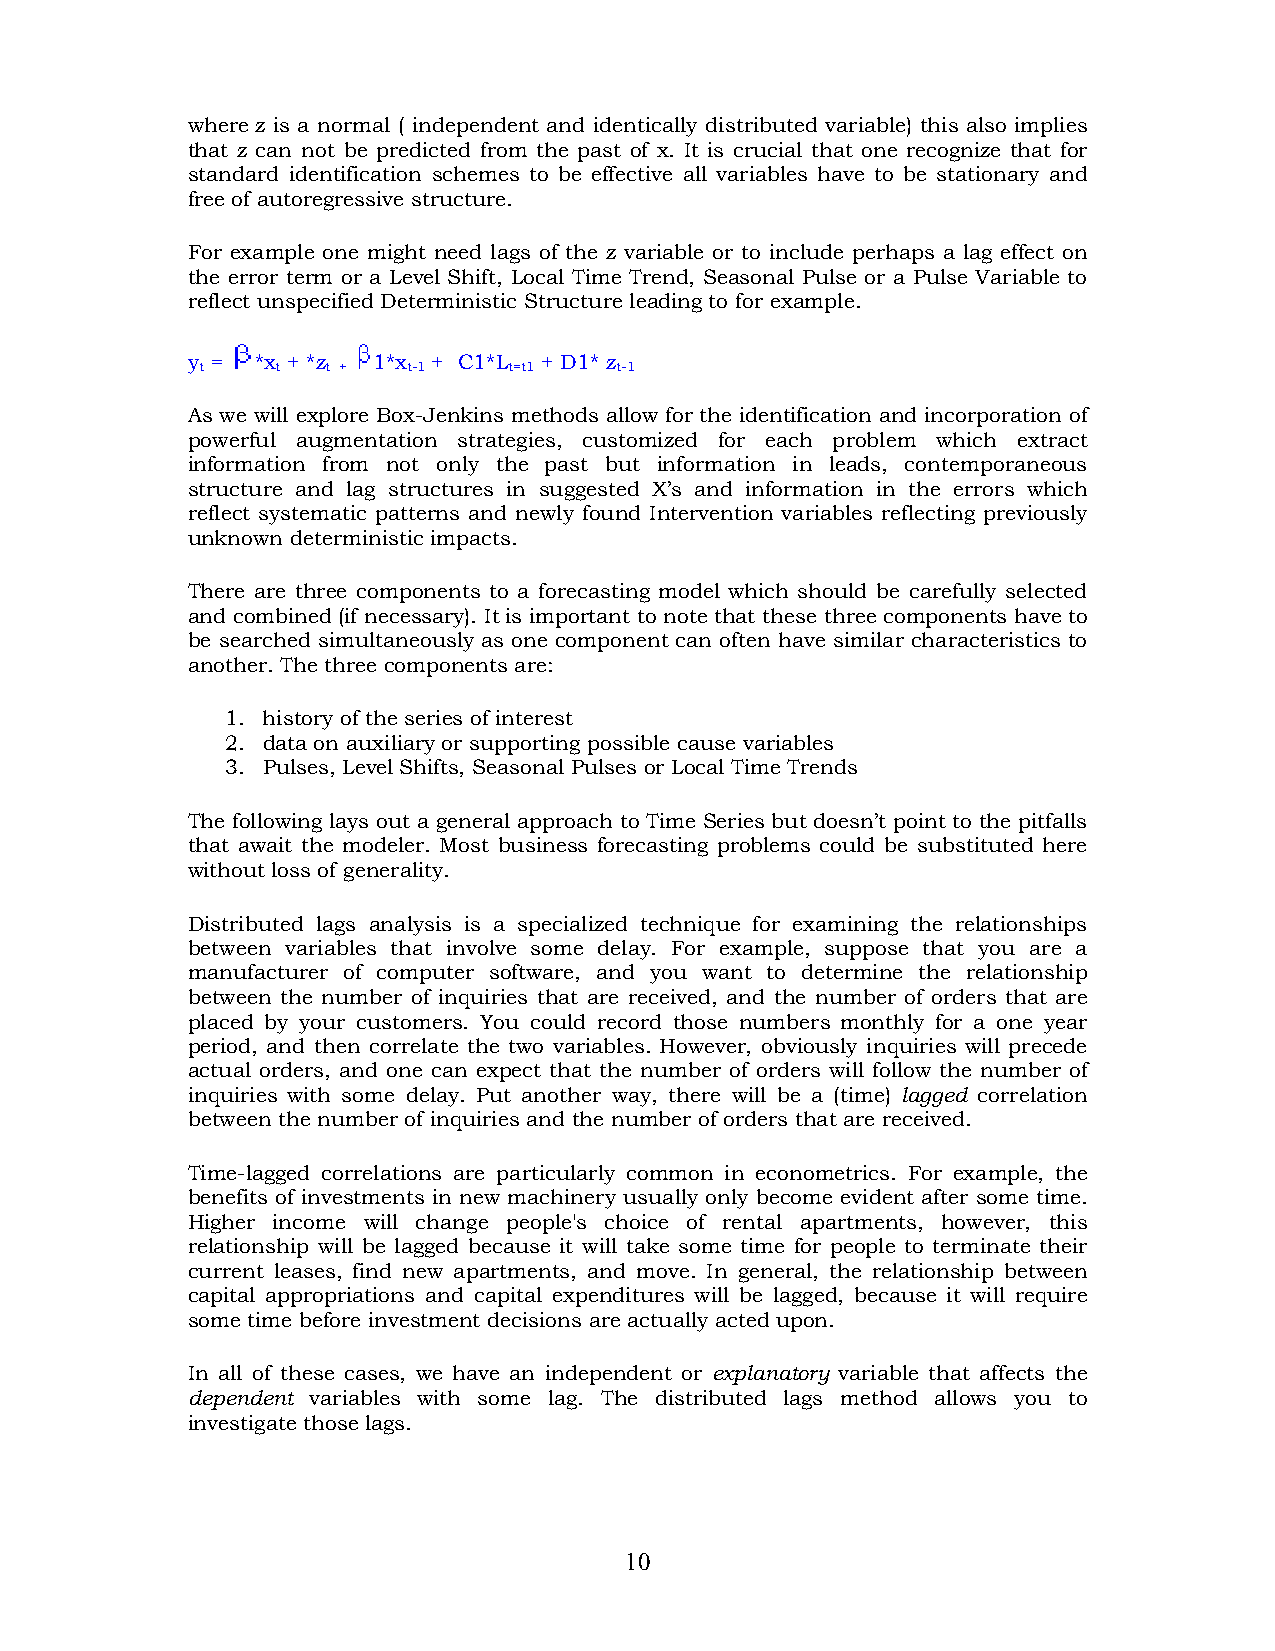
where z is a normal ( independent and identically distributed variable) this also implies
 that z can not be predicted from the past of x. It is crucial that one recognize that for
 standard identification schemes to be effective all variables have to be stationary and
 free of autoregressive structure.
 For example one might need lags of the z variable or to include perhaps a lag effect on
 the error term or a Level Shift, Local Time Trend, Seasonal Pulse or a Pulse Variable to
 reflect unspecified Deterministic Structure leading to for example.
 y =  *x + *z 1*x + C1*L + D1* z
 t    t   t +  t-1    t=t1   t-1
 As we will explore Box-Jenkins methods allow for the identification and incorporation of
 powerful augmentation strategies, customized for each problem which extract
 information from not only the past but information in leads, contemporaneous
 structure and lag structures in suggested X’s and information in the errors which
 reflect systematic patterns and newly found Intervention variables reflecting previously
 unknown deterministic impacts.
 There are three components to a forecasting model which should be carefully selected
 and combined (if necessary). It is important to note that these three components have to
 be searched simultaneously as one component can often have similar characteristics to
 another. The three components are:
 1. history of the series of interest
 2. data on auxiliary or supporting possible cause variables
 3. Pulses, Level Shifts, Seasonal Pulses or Local Time Trends
 The following lays out a general approach to Time Series but doesn’t point to the pitfalls
 that await the modeler. Most business forecasting problems could be substituted here
 without loss of generality.
 Distributed lags analysis is a specialized technique for examining the relationships
 between variables that involve some delay. For example, suppose that you are a
 manufacturer of computer software, and you want to determine the relationship
 between the number of inquiries that are received, and the number of orders that are
 placed by your customers. You could record those numbers monthly for a one year
 period, and then correlate the two variables. However, obviously inquiries will precede
 actual orders, and one can expect that the number of orders will follow the number of
 inquiries with some delay. Put another way, there will be a (time) lagged correlation
 between the number of inquiries and the number of orders that are received.
 Time-lagged correlations are particularly common in econometrics. For example, the
 benefits of investments in new machinery usually only become evident after some time.
 Higher income will change people's choice of rental apartments, however, this
 relationship will be lagged because it will take some time for people to terminate their
 current leases, find new apartments, and move. In general, the relationship between
 capital appropriations and capital expenditures will be lagged, because it will require
 some time before investment decisions are actually acted upon.
 In all of these cases, we have an independent or explanatory variable that affects the
 dependent variables with some lag. The distributed lags method allows you to
 investigate those lags.
 10